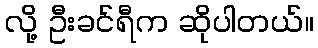
လို့ ဦးခင်ရီက ဆိုပါတယ်။